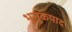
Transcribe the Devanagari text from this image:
भुसुकपाद